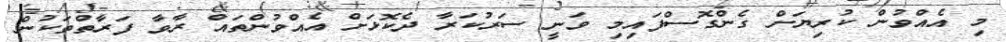
މި އެއްވުން ކުރިޔަށް ގެންގޮސްފައިމި ވަނީ ސަަރުކަރާ ދެކޮޅަށް އެއްވުންތައް ރާވާ ފަރާތްތަކުން